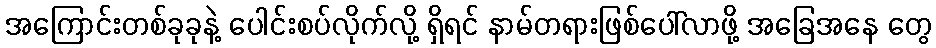
အကြောင်းတစ်ခုခုနဲ့ ပေါင်းစပ်လိုက်လို့ ရှိရင် နာမ်တရားဖြစ်ပေါ်လာဖို့ အခြေအနေ တွေ